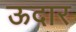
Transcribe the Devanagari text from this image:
ऊदार